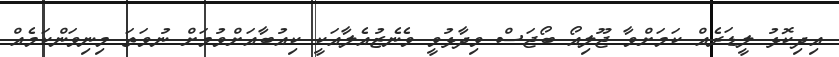
އިދިކޮޅު ލީޑަރެއް ކަމަށްވާ ޖޫލިއޯ ބޯޖަސް ވިދާޅުވީ ވެނެޒުއެލާއަކީ ކިއުބާއަށްވުމަށް ނުވަތަ މިނިވަންކަމެއް